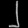
Digit: ၂